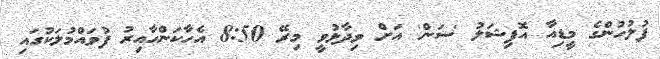
ފުލުހުންގެ މީޑިއާ އޮފިޝަލު 'ސަން' އަށް ވިދާޅުވީ މިރޭ 8:50 އެހާކަންހާއިރު ފުވައްމުލަކުގައި